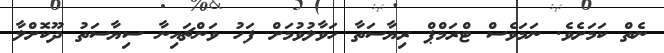
ނެތް ކަމަށެވެ. ނަމަވެސް ޓްރަމްޕް ރިޔާސަތާ ހަވާލުވުމަށް ފަހު ވަންޗައިނާ ސިޔާސަތު ދޫކޮށްލާ